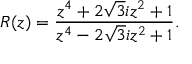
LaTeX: R ( z ) = \frac { z ^ { 4 } + 2 \sqrt { 3 } i z ^ { 2 } + 1 } { z ^ { 4 } - 2 \sqrt { 3 } i z ^ { 2 } + 1 } .